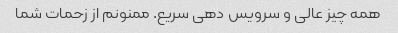
همه چیز عالی و سرویس دهی سریع. ممنونم از زحمات شما